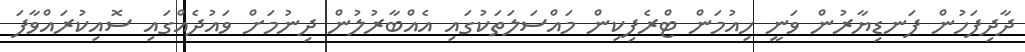
ދާދިފަހުން ފަނޑިޔާރުން ވަނީ ހިއުމަން ޓްރެފިކިން މައްސަލަތަކުގައި އެއްބާރުލުން ދިނުމަށް ވައުދެއްގައި ސޮއިކުރައްވާފަ